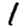
Digit: 1